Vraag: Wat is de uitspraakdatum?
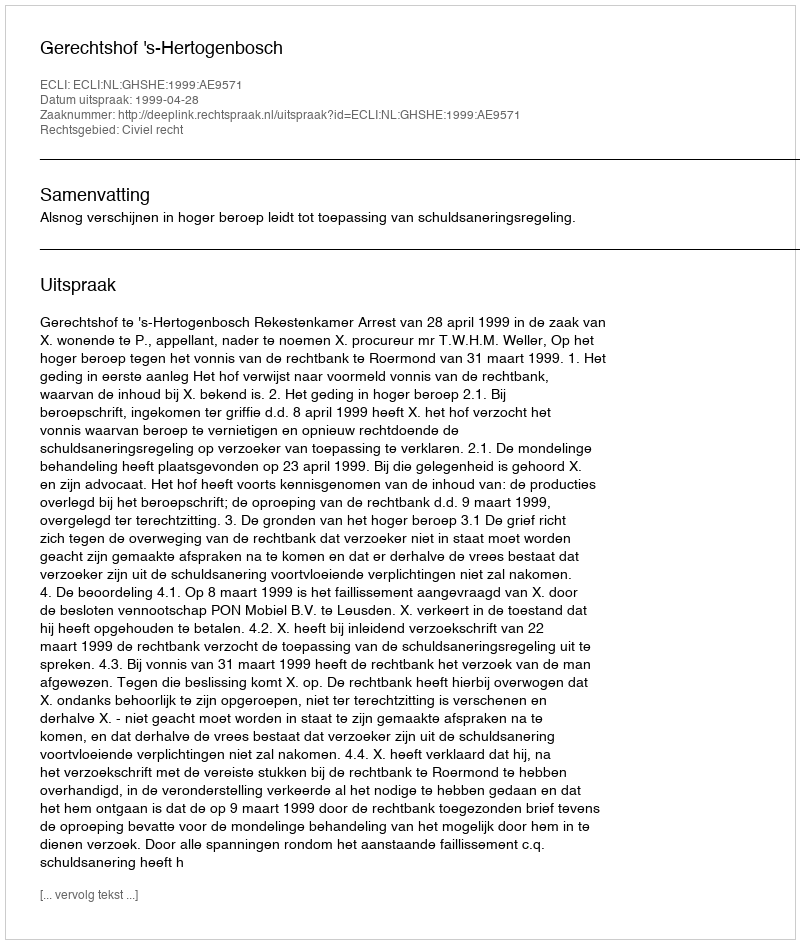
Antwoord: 1999-04-28